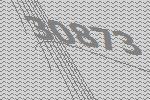
30873